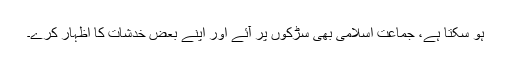
ہو سکتا ہے، جماعت اسلامی بھی سڑکوں پر آئے اور اپنے بعض خدشات کا اظہار کرے۔